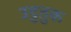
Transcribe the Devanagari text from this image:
उट्ठतुक